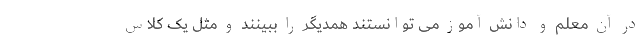
در آن معلم و دانش آموز می توانستند همدیگر را ببینند و مثل یک کلاس